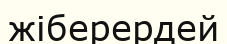
жіберердей